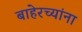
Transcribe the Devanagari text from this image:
बाहेरच्यांना